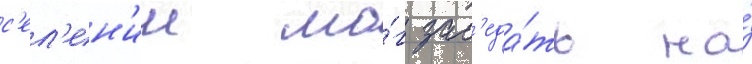
с'ел'ен'ии мо́г зас'еда́ть на́